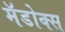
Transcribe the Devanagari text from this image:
मॅडोक्स